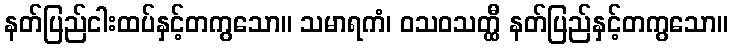
နတ်ပြည်ငါးထပ်နှင့်တကွသော။ သမာရကံ၊ ဝသဝသတ္ထီ နတ်ပြည်နှင့်တကွသော။